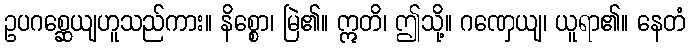
ဥပဂစ္ဆေယျဟူသည်ကား။ နိစ္စော၊ မြဲ၏။ ဣတိ၊ ဤသို့။ ဂဏှေယျ၊ ယူရာ၏။ နေတံ